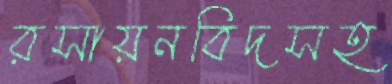
রসায়নবিদসহ